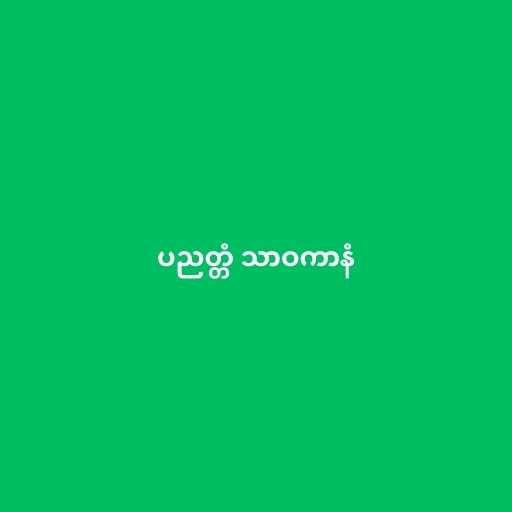
ပညတ္တံ သာဝကာနံ